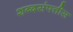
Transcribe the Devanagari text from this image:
शब्दसंपत्तीस